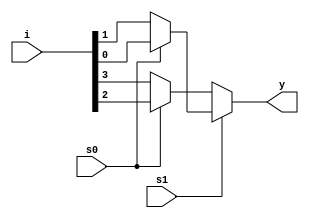
`timescale 1ns / 1ps
//////////////////////////////////////////////////////////////////////////////////
// Company: 
// Engineer: 
// 
// Design Name: 
// Module Name:    mux4x1_df 
// Project Name: 
// Target Devices: 
// Tool versions: 
// Description: 
//
// Dependencies: 
//
// Revision: 
// Revision 0.01 - File Created
// Additional Comments: 
//
//////////////////////////////////////////////////////////////////////////////////
module mux4x1_df(i,s0,s1,y);
input [3:0]i;
input s0,s1;
output y;
 //assign y= ((~s0&~s1&i[0]) | (~s1&s0&i[1]) | (s1&~s0&i[2]) | (s1&s0&i[3]));
 assign y= s1?(s0?i[0]:i[1]):(s0?i[2]:i[3]);

endmodule